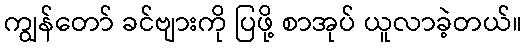
ကျွန်တော် ခင်ဗျားကို ပြဖို့ စာအုပ် ယူလာခဲ့တယ်။